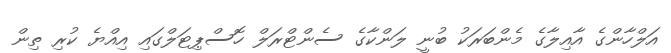
އަލްހާންގެ އާއިލާގެ މެންބަރަކު ބުނީ ލަންކާގެ ސެންޓްރަލް ހޮސްޕިޓަލްގައި އިއްޔެ ކުރި ތިން